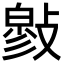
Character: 𢿉